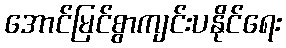
အောင်မြင်စွာကျင်းပနိုင်ရေး